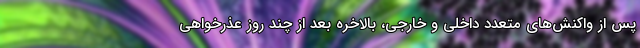
پس از واکنش‌های متعدد داخلی و خارجی، بالاخره بعد از چند روز عذرخواهی